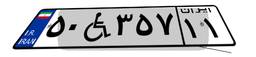
۵۰W۳۵۷۱۱